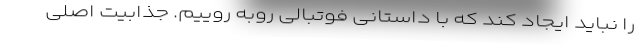
را نباید ایجاد کند که با داستانی فوتبالی رو‌به روییم. جذابیت اصلی